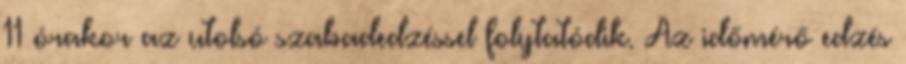
11 órakor az utolsó szabadedzéssel folytatódik. Az időmérő edzés